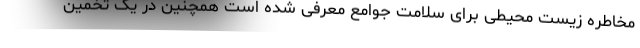
مخاطره زیست محیطی برای سلامت جوامع معرفی شده است همچنین در یک تخمین